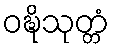
ဝဍ္ဎိသုတ္တံ